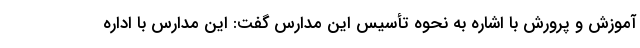
آموزش و پرورش با اشاره به نحوه تأسیس این مدارس گفت: این مدارس با اداره